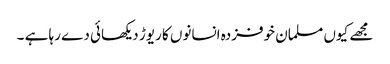
مجھے کیوں مسلمان خوفزدہ انسانوں کا ریوڑ دیکھائی دے رہا ہے ۔